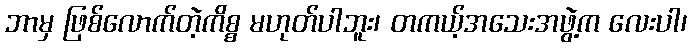
ဘာမှ ဖြစ်လောက်တဲ့ကိစ္စ မဟုတ်ပါဘူး၊ တကယ့်အသေးအဖွဲ့က လေးပါ၊